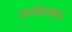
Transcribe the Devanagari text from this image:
वर्णव्यवस्थेचा